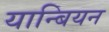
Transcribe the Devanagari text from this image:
यान्बियन